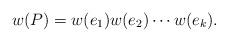
LaTeX: \begin{align*} w(P)=w(e_1)w(e_2)\cdots w(e_k). \end{align*}